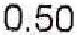
0.50